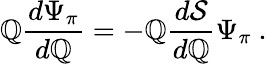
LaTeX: \mathbb{Q}\frac{{d\Psi_{\pi}}}{{d\mathbb{Q}}}=-\mathbb{Q}\frac{{d{\mathcal{S}}}}{{d\mathbb{Q}}}\Psi_{\pi}\ .